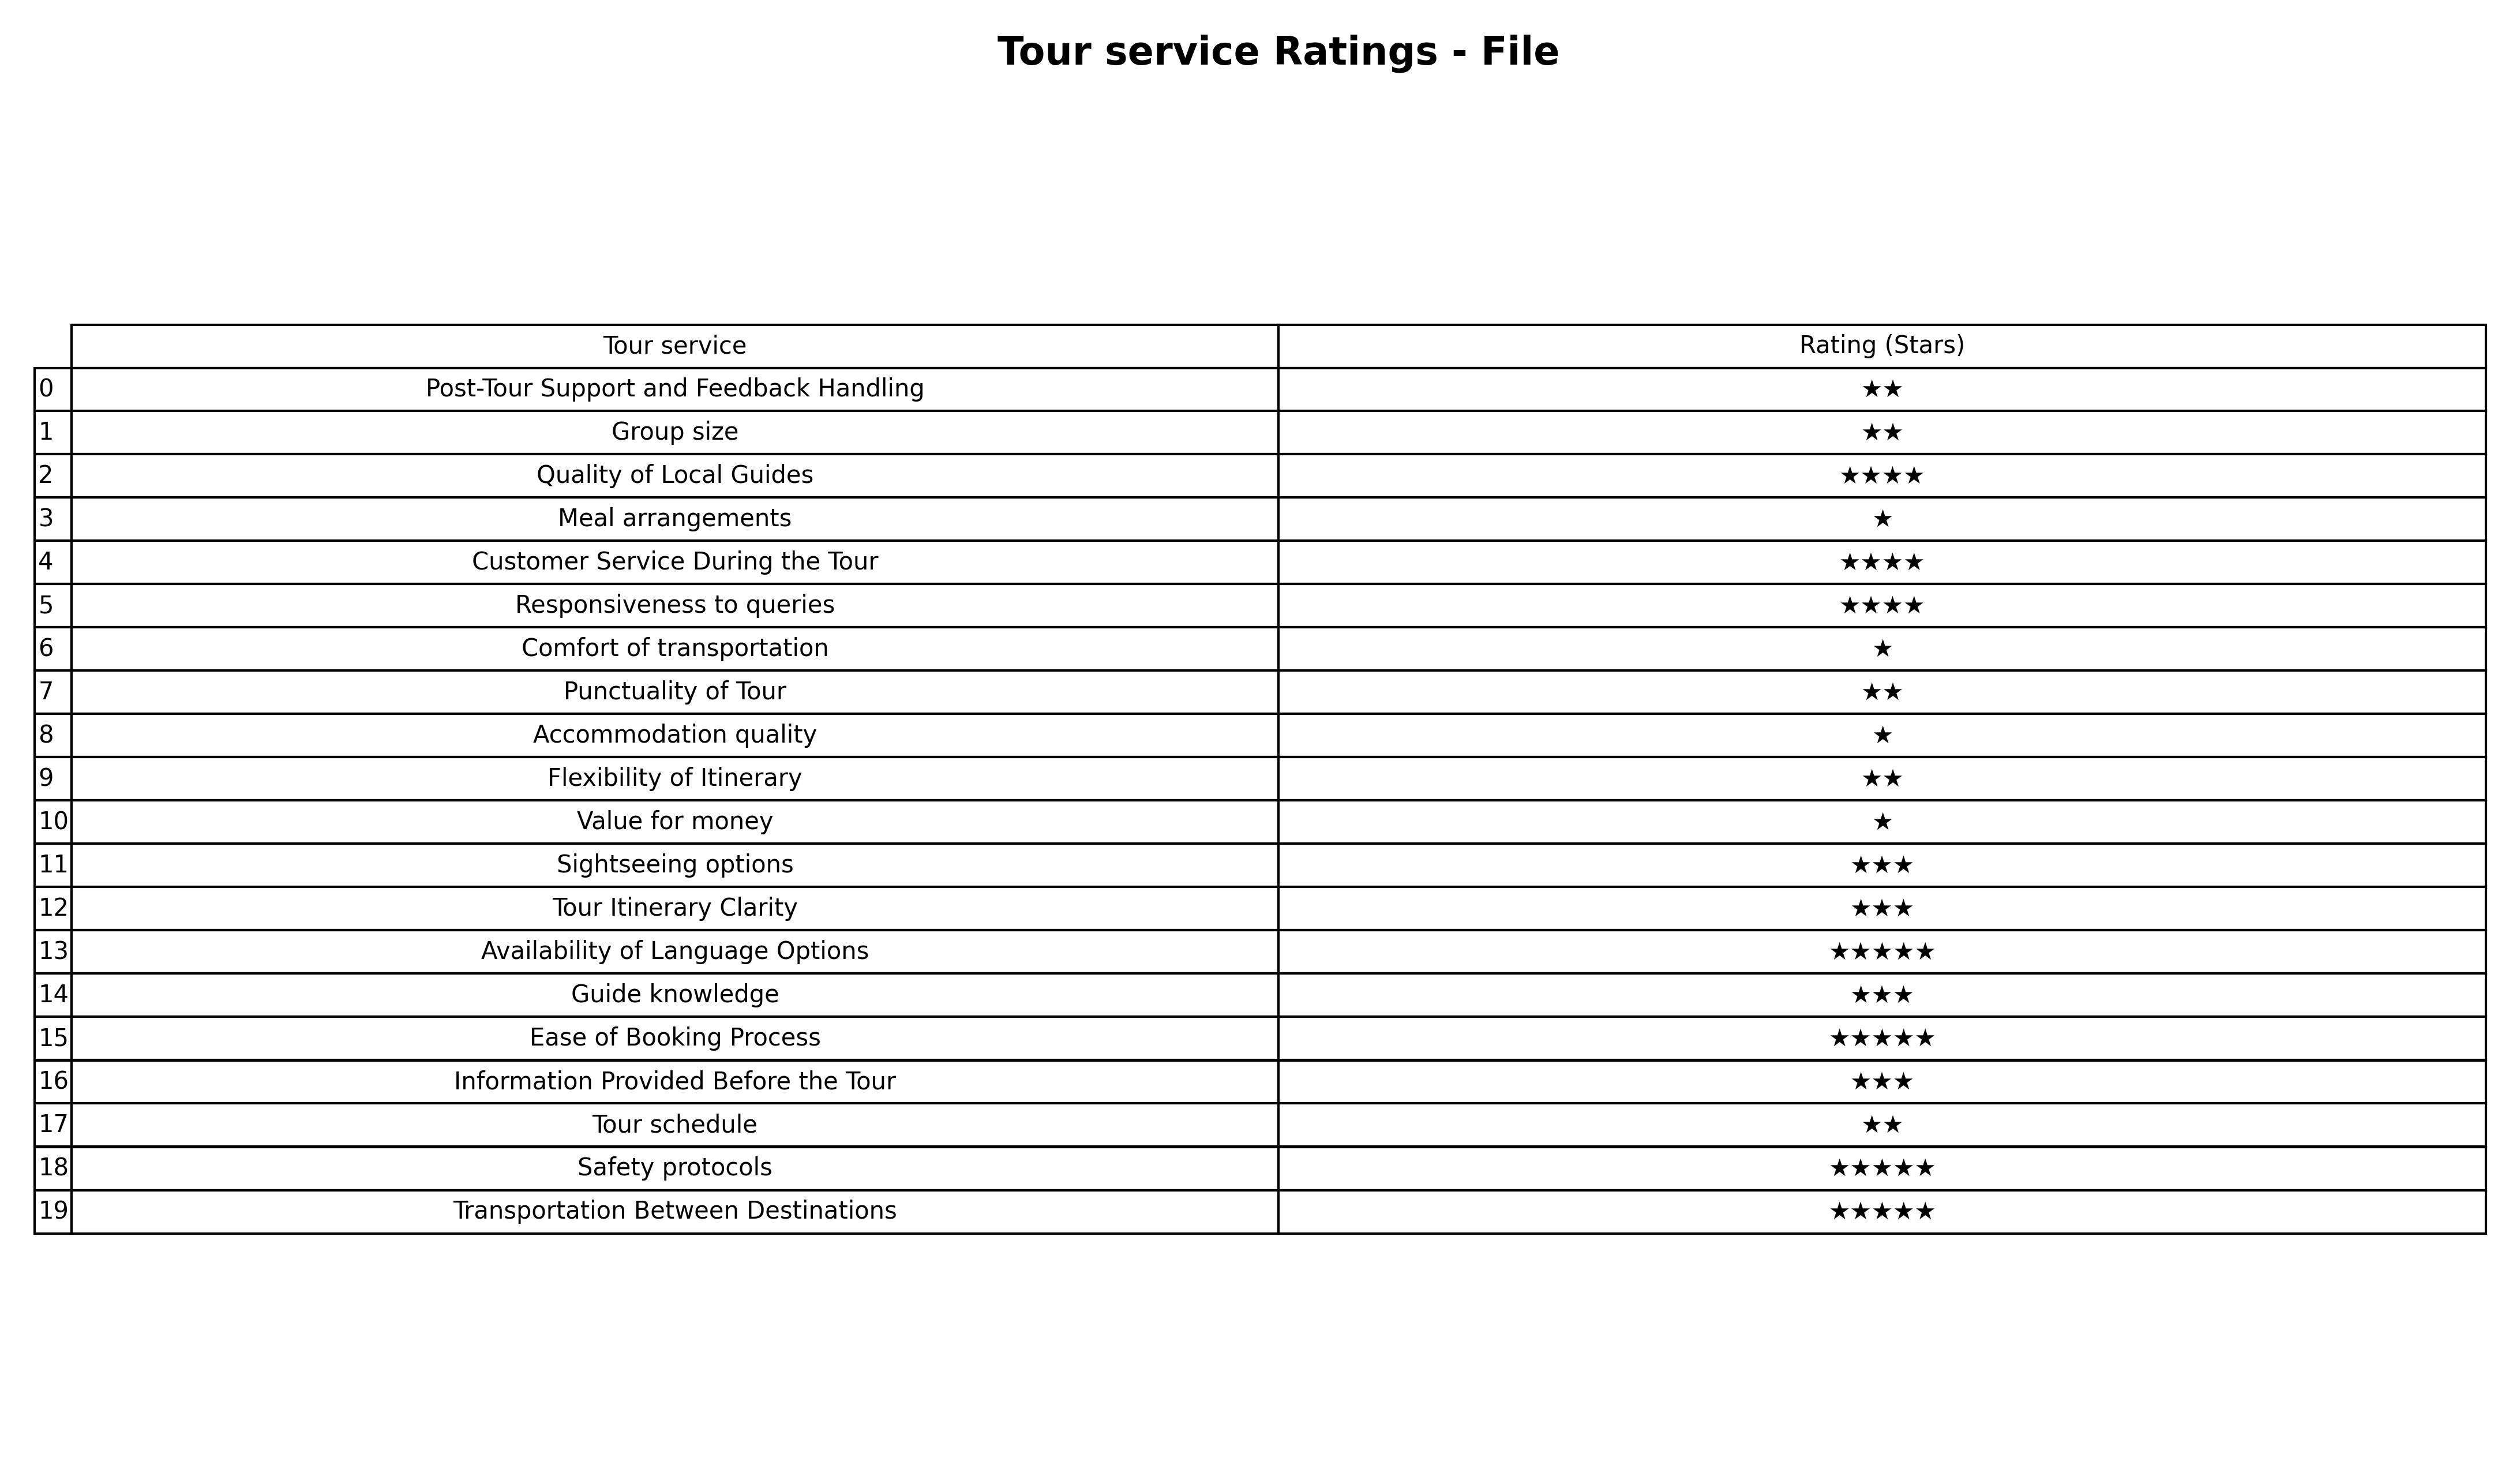
question: What is the rating of Comfort of transportation?
answer: ★